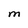
Character: M